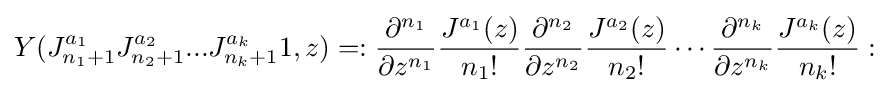
Y(J_{n_{1}+1}^{a_{1}}J_{n_{2}+1}^{a_{2}}...J_{n_{k}+1}^{a_{k}}1,z)=:{\frac {\partial ^{n_{1}}}{\partial z^{n_{1}}}}{\frac {J^{a_{1}}(z)}{n_{1}!}}{\frac {\partial ^{n_{2}}}{\partial z^{n_{2}}}}{\frac {J^{a_{2}}(z)}{n_{2}!}}\cdots {\frac {\partial ^{n_{k}}}{\partial z^{n_{k}}}}{\frac {J^{a_{k}}(z)}{n_{k}!}}: